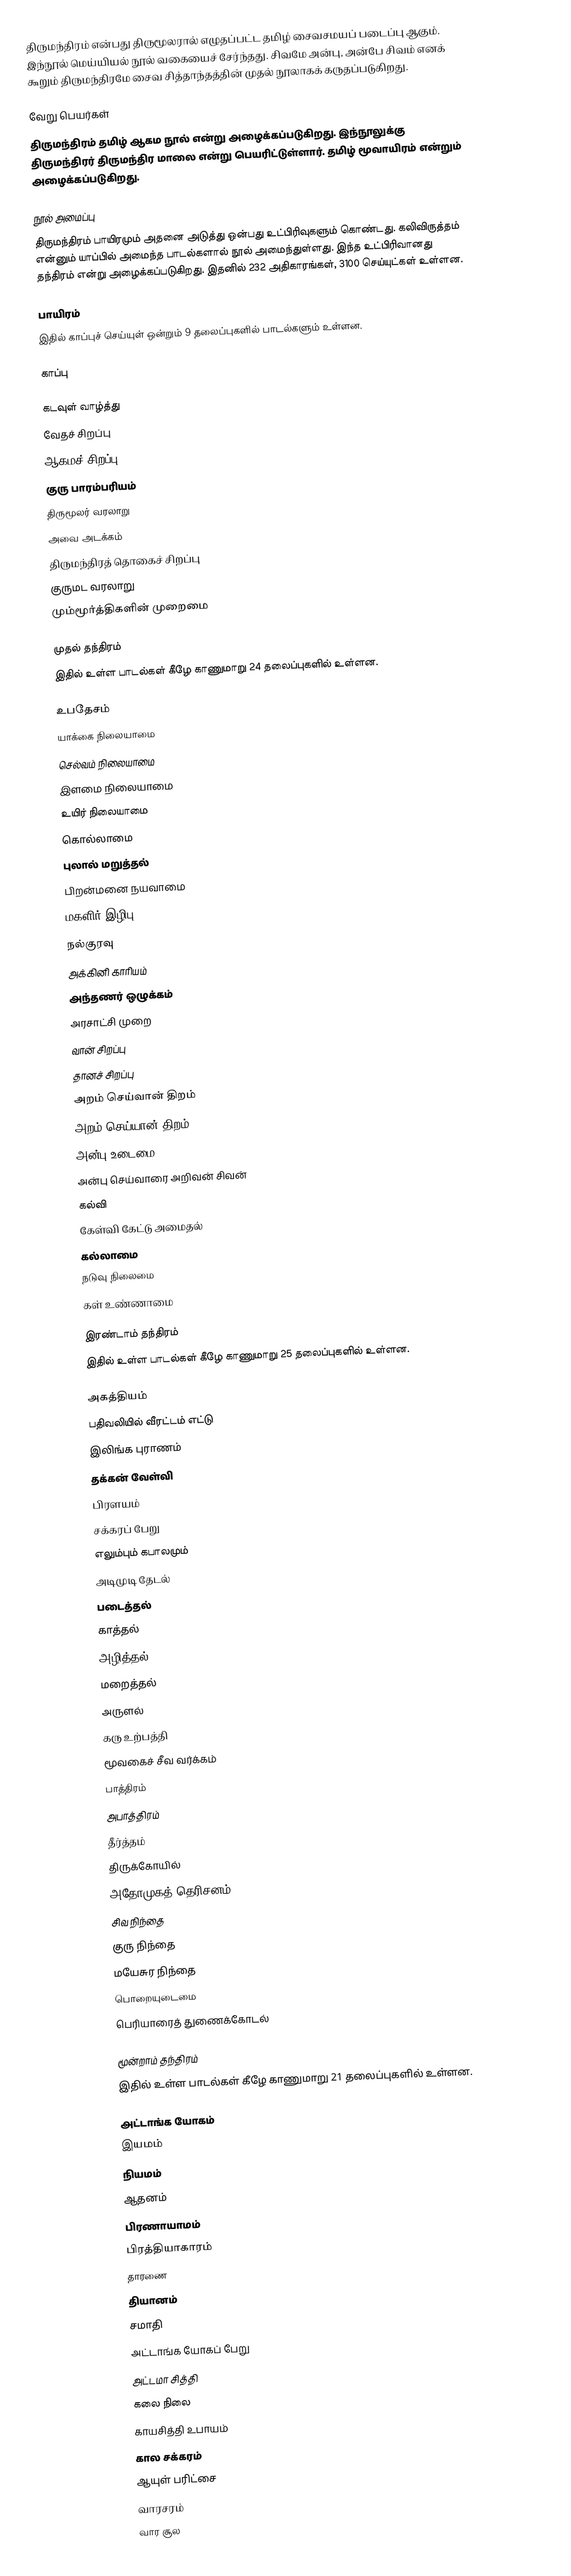
திருமந்திரம் என்பது திருமூலரால் எழுதப்பட்ட தமிழ் சைவசமயப் படைப்பு ஆகும். இந்நூல் மெய்யியல் நூல் வகையைச் சேர்ந்தது. சிவமே அன்பு, அன்பே சிவம் எனக் கூறும் திருமந்திரமே சைவ சித்தாந்தத்தின் முதல் நூலாகக் கருதப்படுகிறது.

வேறு பெயர்கள்
திருமந்திரம் தமிழ் ஆகம நூல் என்று அழைக்கப்படுகிறது. இந்நூலுக்கு திருமந்திரர் திருமந்திர மாலை என்று பெயரிட்டுள்ளார். தமிழ் மூவாயிரம் என்றும் அழைக்கப்படுகிறது.

நூல் அமைப்பு
திருமந்திரம் பாயிரமும் அதனை அடுத்து ஒன்பது உட்பிரிவுகளும் கொண்டது. கலிவிருத்தம் என்னும் யாப்பில் அமைந்த பாடல்களால் நூல் அமைந்துள்ளது. இந்த உட்பிரிவானது தந்திரம் என்று அழைக்கப்படுகிறது. இதனில் 232 அதிகாரங்கள், 3100 செய்யுட்கள் உள்ளன.

பாயிரம்
இதில் காப்புச் செய்யுள் ஒன்றும் 9 தலைப்புகளில் பாடல்களும் உள்ளன.

காப்பு

கடவுள் வாழ்த்து
வேதச் சிறப்பு
ஆகமச் சிறப்பு
குரு பாரம்பரியம்
திருமூலர் வரலாறு
அவை அடக்கம்
திருமந்திரத் தொகைச் சிறப்பு
குருமட வரலாறு
மும்மூர்த்திகளின் முறைமை

முதல் தந்திரம்
இதில் உள்ள பாடல்கள் கீழே காணுமாறு 24 தலைப்புகளில் உள்ளன.

உபதேசம்
யாக்கை நிலையாமை
செல்வம் நிலையாமை
இளமை நிலையாமை
உயிர் நிலையாமை
கொல்லாமை
புலால் மறுத்தல்
பிறன்மனை நயவாமை
மகளிர் இழிபு
நல்குரவு
அக்கினி காரியம்
அந்தணர் ஒழுக்கம்
அரசாட்சி முறை
வான் சிறப்பு
தானச் சிறப்பு
அறம் செய்வான் திறம்
அறம் செய்யான் திறம்
அன்பு உடைமை
அன்பு செய்வாரை அறிவன் சிவன்
கல்வி
கேள்வி கேட்டு அமைதல்
கல்லாமை
நடுவு நிலைமை
கள் உண்ணாமை

இரண்டாம் தந்திரம்
இதில் உள்ள பாடல்கள் கீழே காணுமாறு 25 தலைப்புகளில் உள்ளன.

அகத்தியம்
பதிவலியில் வீரட்டம் எட்டு
இலிங்க புராணம்
தக்கன் வேள்வி
பிரளயம்
சக்கரப் பேறு
எலும்பும் கபாலமும்
அடிமுடி தேடல்
படைத்தல்
காத்தல்
அழித்தல்
மறைத்தல்
அருளல்
கரு உற்பத்தி
மூவகைச் சீவ வர்க்கம்
பாத்திரம்
அபாத்திரம்
தீர்த்தம்
திருக்கோயில்
அதோமுகத் தெரிசனம்
சிவ நிந்தை
குரு நிந்தை
மயேசுர நிந்தை
பொறையுடைமை
பெரியாரைத் துணைக்கோடல்

மூன்றாம் தந்திரம்
இதில் உள்ள பாடல்கள் கீழே காணுமாறு 21 தலைப்புகளில் உள்ளன.

	அட்டாங்க யோகம்
	இயமம்
	நியமம்
	ஆதனம்
	பிரணாயாமம்
	பிரத்தியாகாரம்
	தாரணை
	தியானம்
	சமாதி
	அட்டாங்க யோகப் பேறு
	அட்டமா சித்தி
	கலை நிலை
	காயசித்தி உபாயம்
	கால சக்கரம்
	ஆயுள் பரிட்சை
	வாரசரம்
	வார சூல